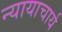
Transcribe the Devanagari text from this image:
न्यायाचार्य